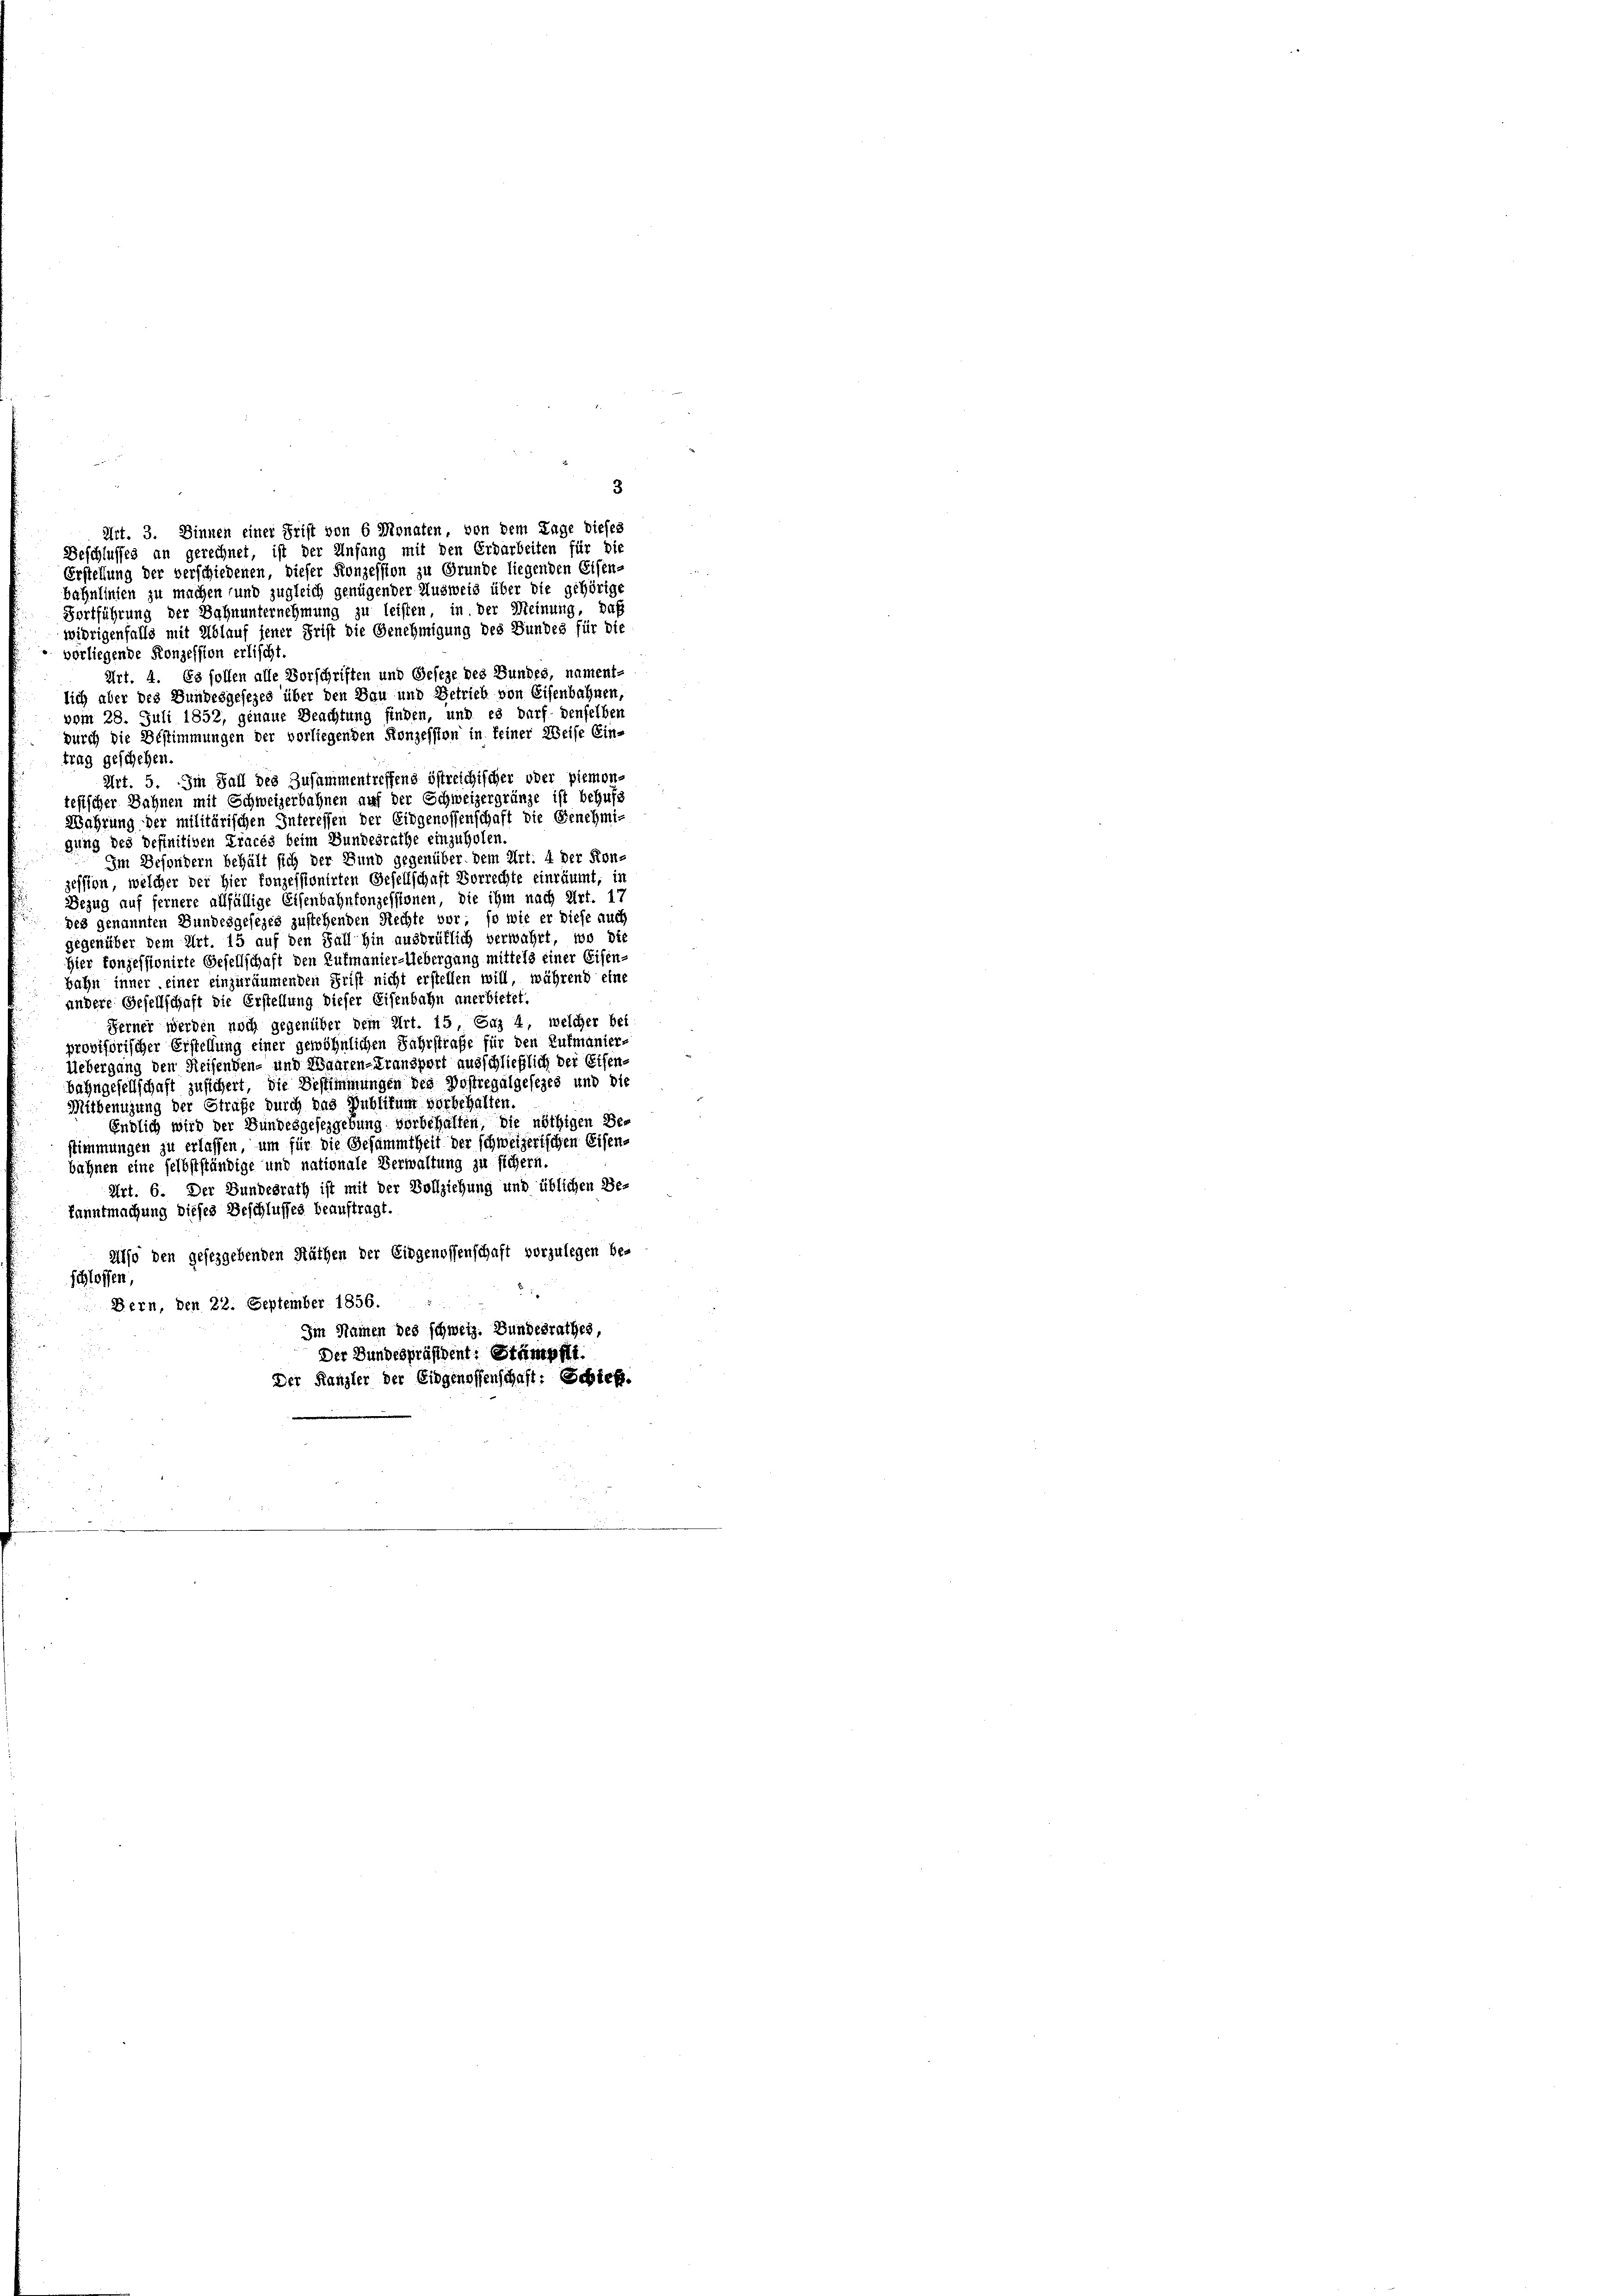
3
Erstellung der verschiedenen, dieser Konzession zu Grunde liegenden Eisen-
bahnlinien zu machen und zugleich genügender Ausweis über die gehörige
Fortführung der Bahnunternehmung zu leisten, in der Meinung, daß
widrigenfalls mit Ablauf jener Frist die Genehmigung des Bundes für die
vorliegende Konzession erlischt.
Art. 4. Es sollen alle Vorschriften und Geseze des Bundes, nament-
lich aber des Bundesgesezes über den Bau und Betrieb von Eisenbahnen,
vom 28. Juli 1852, genaue Beachtung finden, und es darf denselben
durch die Bestimmungen der vorliegenden Konzession in keiner Weise Ein-
trag geschehen.
Art. 5. Im Fall des Zusammentreffend östreichischer oder piemon-
tesischer Sahnen mit Schweizerbahnen auf der Schweizergränze ist behufs
Wahrung der militärischen Interessen der Eidgenossenschaft die Genehmi-
gung des Definitiven Tracés beim Bundesrathe einzuholen.
Im Besondern behält sich der Bund gegenüber dem Art. 4 der Kon-
zession, welcher der Hier konzessionirten Gesellschaft Vorrechte einräumt, in
Bezug auf fernere allfällige Eisenbahnkonzessionen, die ihm nach Art. 17
des genannten Bundesgesezes zustehenden Rechte vor so wie er diese aus
gegenüber dem Art. 15 auf den Fall hin ausdrüklich verwahrt, wo die
Hier konzessionirte Gesellschaft den Zutmanier-Uebergang mittels einer Eisen-
bahn inner, einer einzuräumenden Frist nicht erstellen will, während eine
andere Gesellschaft die Erstellung dieser Eisenbahn anerbietet.
Ferner werden noch gegenüber dem Art. 15, Eaz 4, welcher bei
provisorischer Erstellung einer gewöhnlichen Fahrstrafe für den Zutmanier-
Uebergang den Reisenden- und Waaren-Transport ausschließlich der Eisen-
bahngesellschaft zusichert, die Bestimmungen des Postregalgesezes und die
Mitbenutzung der Strafe durch das Publikum vorbehalten.
Endlich wird der Bundesgesezgebung vorbehalten, die nöthigen Bestimmungen zu erlassen, um für die Gesammtheit der schweizerischen Eisens
bahnen eine selbstständige und nationale Verwaltung zu sichern.
Art. 6. Der Bundesrath ist mit der Vollziehung und üblichen Be-
kanntmachung dieses Beschlusses beauftragt.
Also den gesezgebenden Räthen der Eidgenossenschaft vorzulegen be-
schlossen,
Bern, den 22. September 1856.
Im Namen des schweiz. Bundesrathes,
Der Bundespräsident: Stämpfli
Der Kanzler der Eidgenossenschaft: Schieß.

Art. 3. Sinnen einer Frist von 6 Monaten, von dem Lage dieses
Beschlusses an gerechnet, ist der Anfang mit den Erdarbeiten für die